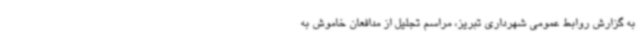
به گزارش روابط عمومی شهرداری تبریز، مراسم تجلیل از مدافعان خاموش به